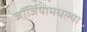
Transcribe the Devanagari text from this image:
जॉर्जियामधल्या